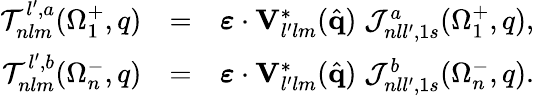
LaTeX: \begin{array}{rlr}{{\cal T}_{nlm}^{l^{\prime},a}(\Omega_{1}^{+},q)}&{=}&{\boldsymbol{\varepsilon}\cdot\mathbf{V}_{l^{\prime}lm}^{*}(\hat{\mathbf{q}})\; {\cal J}_{nll^{\prime},1s}^{a}(\Omega_{1}^{+},q),}\\ {{\cal T}_{nlm}^{l^{\prime},b}(\Omega_{n}^{-},q)}&{=}&{\boldsymbol{\varepsilon}\cdot\mathbf{V}_{l^{\prime}lm}^{*}(\hat{\mathbf{q}})\; {\cal J}_{nll^{\prime},1s}^{b}(\Omega_{n}^{-},q).}\end{array}